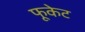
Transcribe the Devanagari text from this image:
फूकेट